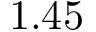
1 . 4 5